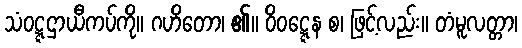
သံဝဋ္ဋဌာယီကပ်ကို။ ဂဟိတော၊ ၏။ ဝိဝဋ္ဋေန စ၊ ဖြင့်လည်း။ တံမူလတ္တာ၊